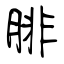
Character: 腓